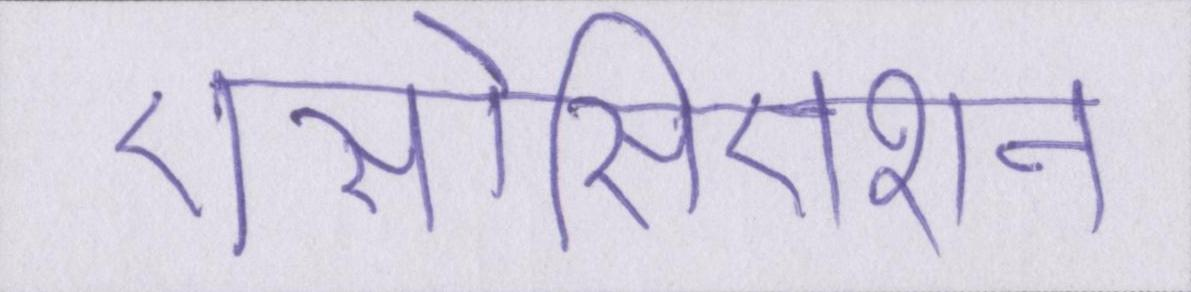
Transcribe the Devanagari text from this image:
एसोसिएशन